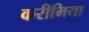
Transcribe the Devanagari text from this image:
करीमिया